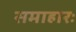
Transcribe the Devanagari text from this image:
समाहारः